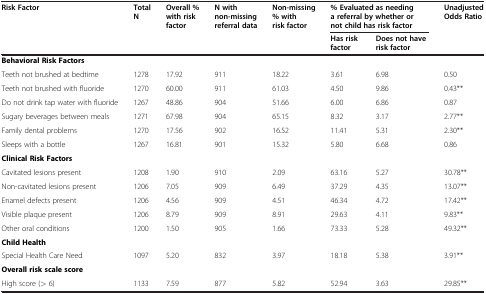
| <ROWSPAN=2> Risk Factor | <ROWSPAN=2> Total N | <ROWSPAN=2> Overall % with risk factor | <ROWSPAN=2> N with non-missing referral data | <ROWSPAN=2> Non-missing % with risk factor | <COLSPAN=2> % Evaluated as needing a referral by whether or not child has risk factor | <ROWSPAN=2> Unadjusted Odds Ratio |
 | Has risk factor | Does not have risk factor |
 | --- | --- | --- | --- | --- | --- | --- | --- |
 | <COLSPAN=8> Behavioral Risk Factors |
 | Teeth not brushed at bedtime | 1278 | 17.92 | 911 | 18.22 | 3.61 | 6.98 | 0.50 |
 | Teeth not brushed with fluoride | 1270 | 60.00 | 911 | 61.03 | 4.50 | 9.86 | 0.43** |
 | Do not drink tap water with fluoride | 1267 | 48.86 | 904 | 51.66 | 6.00 | 6.86 | 0.87 |
 | Sugary beverages between meals | 1271 | 67.98 | 904 | 65.15 | 8.32 | 3.17 | 2.77** |
 | Family dental problems | 1270 | 17.56 | 902 | 16.52 | 11.41 | 5.31 | 2.30** |
 | Sleeps with a bottle | 1267 | 16.81 | 901 | 15.32 | 5.80 | 6.68 | 0.86 |
 | <COLSPAN=8> Clinical Risk Factors |
 | Cavitated lesions present | 1208 | 1.90 | 910 | 2.09 | 63.16 | 5.27 | 30.78** |
 | Non-cavitated lesions present | 1206 | 7.05 | 909 | 6.49 | 37.29 | 4.35 | 13.07** |
 | Enamel defects present | 1206 | 4.56 | 909 | 4.51 | 46.34 | 4.72 | 17.42** |
 | Visible plaque present | 1206 | 8.79 | 909 | 8.91 | 29.63 | 4.11 | 9.83** |
 | Other oral conditions | 1200 | 1.50 | 905 | 1.66 | 73.33 | 5.28 | 49.32** |
 | <COLSPAN=8> Child Health |
 | Special Health Care Need | 1097 | 5.20 | 832 | 3.97 | 18.18 | 5.38 | 3.91** |
 | <COLSPAN=8> Overall risk scale score |
 | High score (<underline>></underline> 6) | 1133 | 7.59 | 877 | 5.82 | 52.94 | 3.63 | 29.85** |